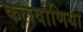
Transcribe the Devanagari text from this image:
कलवाणिया